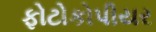
ફોટોકોપીયર